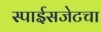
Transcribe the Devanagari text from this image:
स्पाईसजेटचा